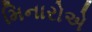
મિનારોએ